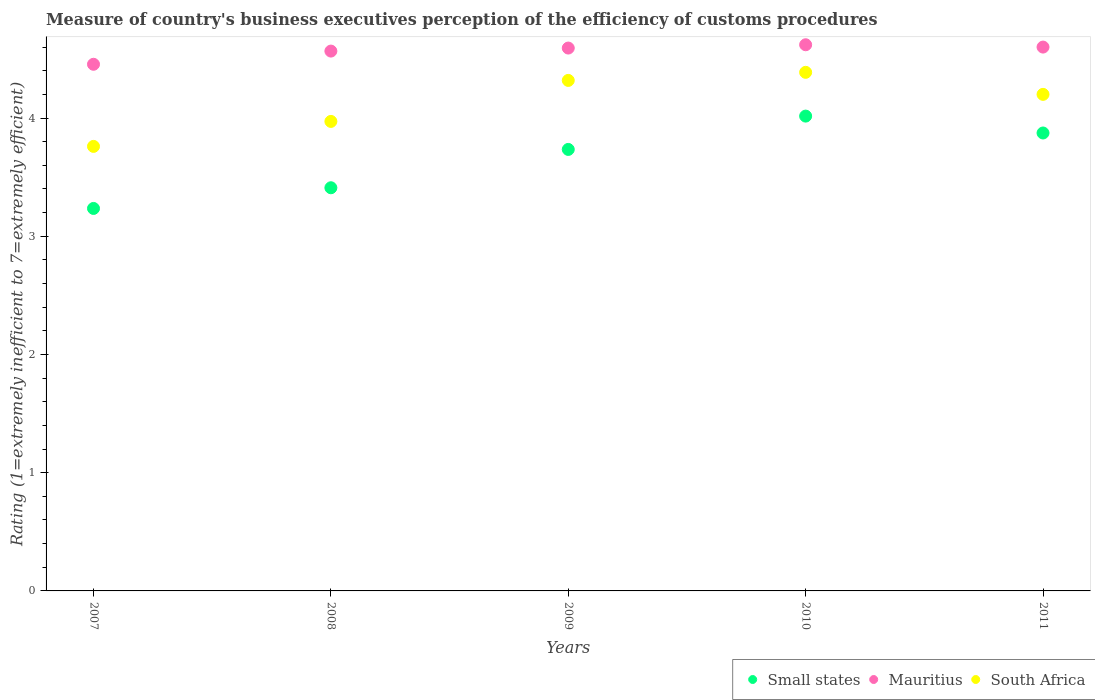
| Years | Small states | Mauritius | South Africa |
 | --- | --- | --- | --- |
 | 2007 | 3.24 | 4.45 | 3.76 |
 | 2008 | 3.41 | 4.57 | 3.97 |
 | 2009 | 3.73 | 4.59 | 4.32 |
 | 2010 | 4.02 | 4.62 | 4.39 |
 | 2011 | 3.87 | 4.6 | 4.2 |